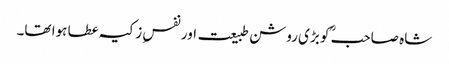
شاہ صاحبؒ کو بڑی روشن طبیعت اور نفسِ زکیہ عطا ہوا تھا۔